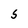
Character: 5